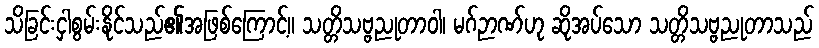
သိခြင်းငှါစွမ်းနိုင်သည်၏အဖြစ်ကြောင့်။ သတ္တိသဗ္ဗညုတာဝါ၊ မဂ်ဉာဏ်ဟု ဆိုအပ်သော သတ္တိသဗ္ဗညုတာသည်